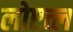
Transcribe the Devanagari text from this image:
लोएत्ल